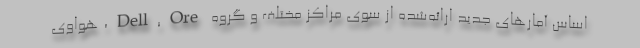
اساس آمارهای جدید ارائه‌شده از سوی مراکز مختلف و گروه Dell,Ore، هواوی